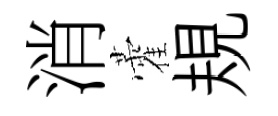
消藿規